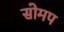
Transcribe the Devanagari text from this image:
सोमप